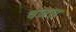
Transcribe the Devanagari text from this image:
वजस